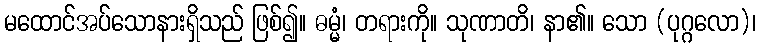
မထောင်အပ်သောနားရှိသည် ဖြစ်၍။ ဓမ္မံ၊ တရားကို။ သုဏာတိ၊ နာ၏။ သော (ပုဂ္ဂလော)၊